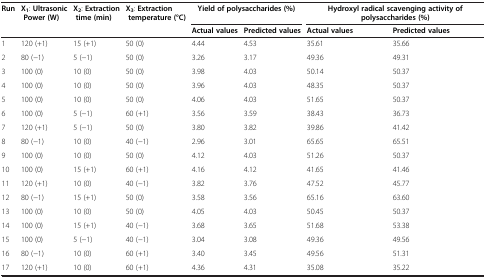
<table><thead><tr><td><b>Run</b></td><td><b>X<sub>1</sub>: Ultrasonic Power (W)</b></td><td><b>X<sub>2</sub>: Extraction time (min)</b></td><td><b>X<sub>3</sub>: Extraction temperature (°C)</b></td><td colspan="2"><b>Yield of polysaccharides (%)</b></td><td colspan="2"><b>Hydroxyl radical scavenging activity of polysaccharides (%)</b></td></tr><tr><td><b> </b></td><td><b> </b></td><td><b> </b></td><td><b> </b></td><td><b>Actual values</b></td><td><b>Predicted values</b></td><td><b>Actual values</b></td><td><b>Predicted values</b></td></tr></thead><tbody><tr><td>1</td><td>120 (+1)</td><td>15 (+1)</td><td>50 (0)</td><td>4.44</td><td>4.53</td><td>35.61</td><td>35.66</td></tr><tr><td>2</td><td>80 (−1)</td><td>5 (−1)</td><td>50 (0)</td><td>3.26</td><td>3.17</td><td>49.36</td><td>49.31</td></tr><tr><td>3</td><td>100 (0)</td><td>10 (0)</td><td>50 (0)</td><td>3.98</td><td>4.03</td><td>50.14</td><td>50.37</td></tr><tr><td>4</td><td>100 (0)</td><td>10 (0)</td><td>50 (0)</td><td>3.96</td><td>4.03</td><td>48.35</td><td>50.37</td></tr><tr><td>5</td><td>100 (0)</td><td>10 (0)</td><td>50 (0)</td><td>4.06</td><td>4.03</td><td>51.65</td><td>50.37</td></tr><tr><td>6</td><td>100 (0)</td><td>5 (−1)</td><td>60 (+1)</td><td>3.56</td><td>3.59</td><td>38.43</td><td>36.73</td></tr><tr><td>7</td><td>120 (+1)</td><td>5 (−1)</td><td>50 (0)</td><td>3.80</td><td>3.82</td><td>39.86</td><td>41.42</td></tr><tr><td>8</td><td>80 (−1)</td><td>10 (0)</td><td>40 (−1)</td><td>2.96</td><td>3.01</td><td>65.65</td><td>65.51</td></tr><tr><td>9</td><td>100 (0)</td><td>10 (0)</td><td>50 (0)</td><td>4.12</td><td>4.03</td><td>51.26</td><td>50.37</td></tr><tr><td>10</td><td>100 (0)</td><td>15 (+1)</td><td>60 (+1)</td><td>4.16</td><td>4.12</td><td>41.65</td><td>41.46</td></tr><tr><td>11</td><td>120 (+1)</td><td>10 (0)</td><td>40 (−1)</td><td>3.82</td><td>3.76</td><td>47.52</td><td>45.77</td></tr><tr><td>12</td><td>80 (−1)</td><td>15 (+1)</td><td>50 (0)</td><td>3.58</td><td>3.56</td><td>65.16</td><td>63.60</td></tr><tr><td>13</td><td>100 (0)</td><td>10 (0)</td><td>50 (0)</td><td>4.05</td><td>4.03</td><td>50.45</td><td>50.37</td></tr><tr><td>14</td><td>100 (0)</td><td>15 (+1)</td><td>40 (−1)</td><td>3.68</td><td>3.65</td><td>51.68</td><td>53.38</td></tr><tr><td>15</td><td>100 (0)</td><td>5 (−1)</td><td>40 (−1)</td><td>3.04</td><td>3.08</td><td>49.36</td><td>49.56</td></tr><tr><td>16</td><td>80 (−1)</td><td>10 (0)</td><td>60 (+1)</td><td>3.40</td><td>3.45</td><td>49.56</td><td>51.31</td></tr><tr><td>17</td><td>120 (+1)</td><td>10 (0)</td><td>60 (+1)</td><td>4.36</td><td>4.31</td><td>35.08</td><td>35.22</td></tr></tbody></table>